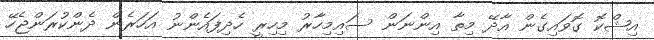
އިޝްކޮ ގޮވައިގެން އާދޭ މިތާ އިންނަން ސައިމިހާރު މިހިރީ ހެދިފައެންނު އަހަރެން ދެންކުރަންޖެހޭ